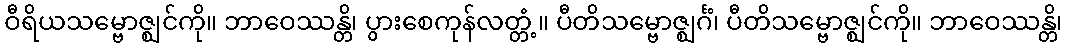
ဝီရိယသမ္ဗောဇ္ဈင်ကို။ ဘာဝေဿန္တိ၊ ပွားစေကုန်လတ္တံ့။ ပီတိသမ္ဗောဇ္ဈင်္ဂံ၊ ပီတိသမ္ဗောဇ္ဈင်ကို။ ဘာဝေဿန္တိ၊